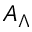
A _ { \Lambda }